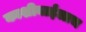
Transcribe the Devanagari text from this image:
काशीबाईलाच